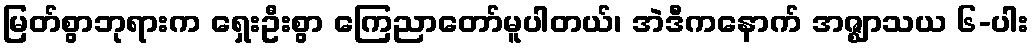
မြတ်စွာဘုရားက ရှေးဦးစွာ ကြေညာတော်မူပါတယ်၊ အဲဒီကနောက် အဇ္ဈာသယ ၆-ပါး